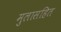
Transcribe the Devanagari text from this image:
मुलासहित